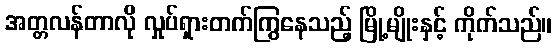
အတ္တလန်တာလို လှုပ်ရှားတက်ကြွနေသည့် မြို့မျိုးနှင့် ကိုက်သည်။